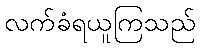
လက်ခံရယူကြသည်